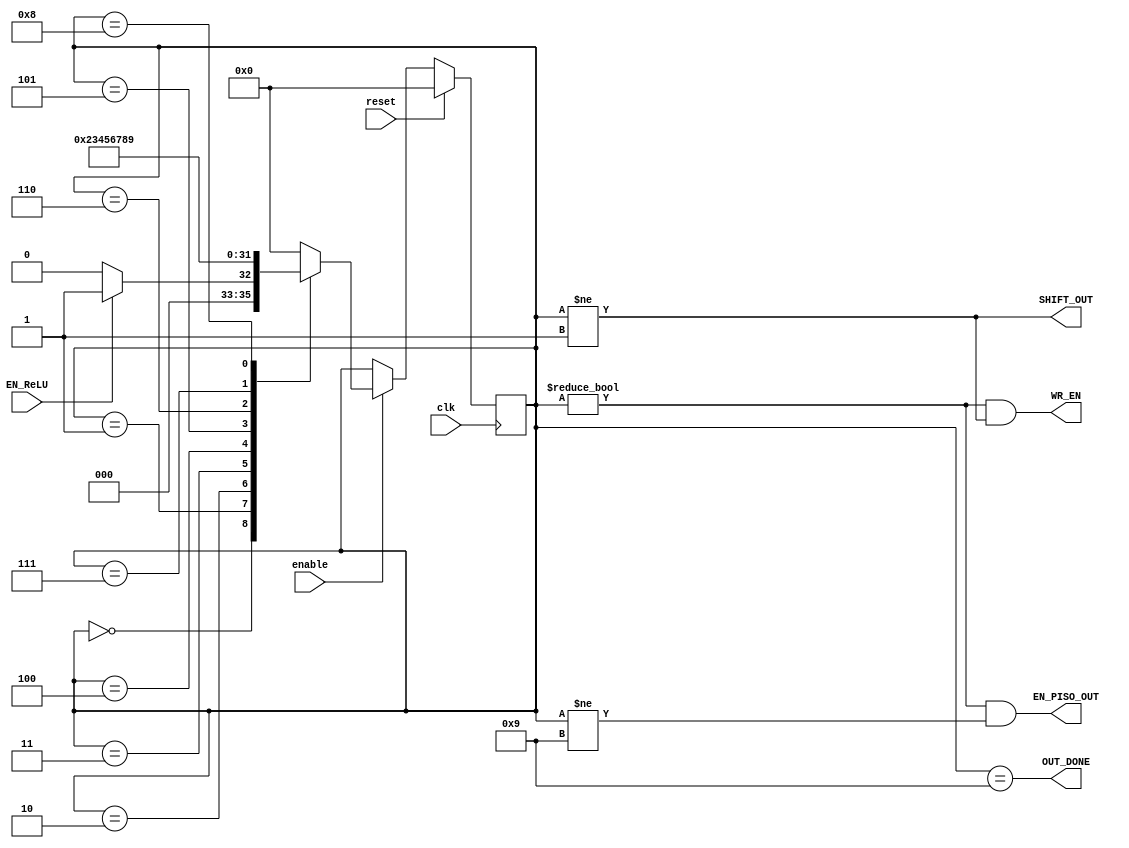
module FSM_OUT (
    input clk,
    input reset,
    input enable,
    input EN_ReLU,
    output SHIFT_OUT,
    output EN_PISO_OUT,
    output OUT_DONE,
    output WR_EN
);
    reg [3:0] current_state,next_state;
    parameter OUT_IDLE=4'b0000, OUT_S1=4'b0001, OUT_S2=4'b0010, OUT_S3=4'b0011, OUT_S4=4'b0100, OUT_S5=4'b0101;
    parameter OUT_S6=4'b0110, OUT_S7=4'b0111, OUT_S8=4'b1000, OUT_S9=4'b1001;

//combinational state transtion definition
    always @(*) begin
        case (current_state)
            OUT_IDLE:  if (EN_ReLU) next_state=OUT_S1;
                       else          next_state=OUT_IDLE;

            OUT_S1:    next_state=OUT_S2;
            OUT_S2:    next_state=OUT_S3;
            OUT_S3:    next_state=OUT_S4;
            OUT_S4:    next_state=OUT_S5;
            OUT_S5:    next_state=OUT_S6;
            OUT_S6:    next_state=OUT_S7;
            OUT_S7:    next_state=OUT_S8;
            OUT_S8:    next_state=OUT_S9;
            OUT_S9:    next_state=OUT_IDLE;

            default:   next_state=OUT_IDLE;
        endcase
    end

//sequential state change
    always @(posedge clk) begin
        if (reset) current_state<=OUT_IDLE;
        else if (enable) current_state<=next_state;
    end

//Moore machine, output only relevant to current state
    assign SHIFT_OUT= (current_state != OUT_S1);
    assign EN_PISO_OUT= (current_state != OUT_IDLE) && (current_state != OUT_S9);
    assign OUT_DONE= (current_state==OUT_S9);
    assign WR_EN = (current_state != OUT_IDLE) && (current_state != OUT_S1);


endmodule